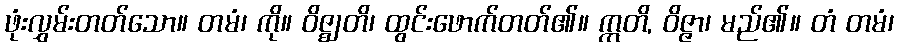
ဖုံးလွှမ်းတတ်သော။ တမံ၊ ကို။ ဝိဇ္ဈတိ၊ ထွင်းဖောက်တတ်၏။ ဣတိ, ဝိဇ္ဇာ၊ မည်၏။ တံ တမံ၊